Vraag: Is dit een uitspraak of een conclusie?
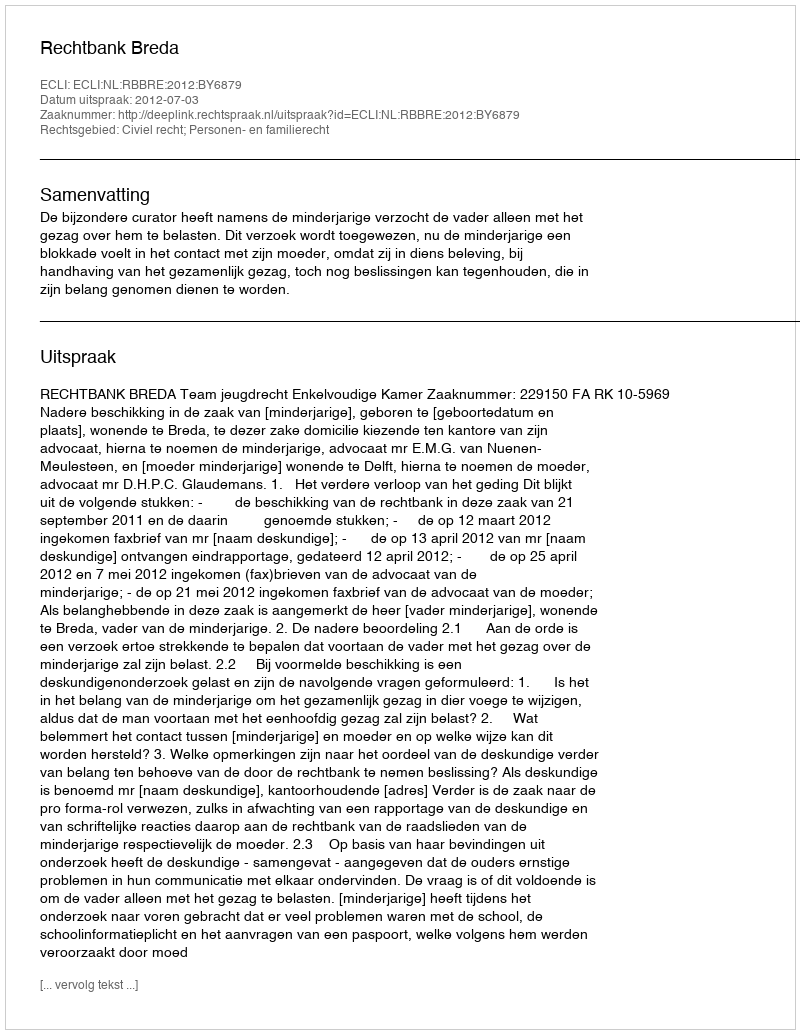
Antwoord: Uitspraak